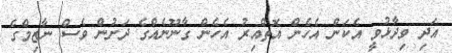
އަދި ވިދާޅުވީ އެކަން އެހެން އޮތްއިރު އެހެން ގާނޫނެއްގެ ދަށުން ވެސް ނާޒިމްގެ